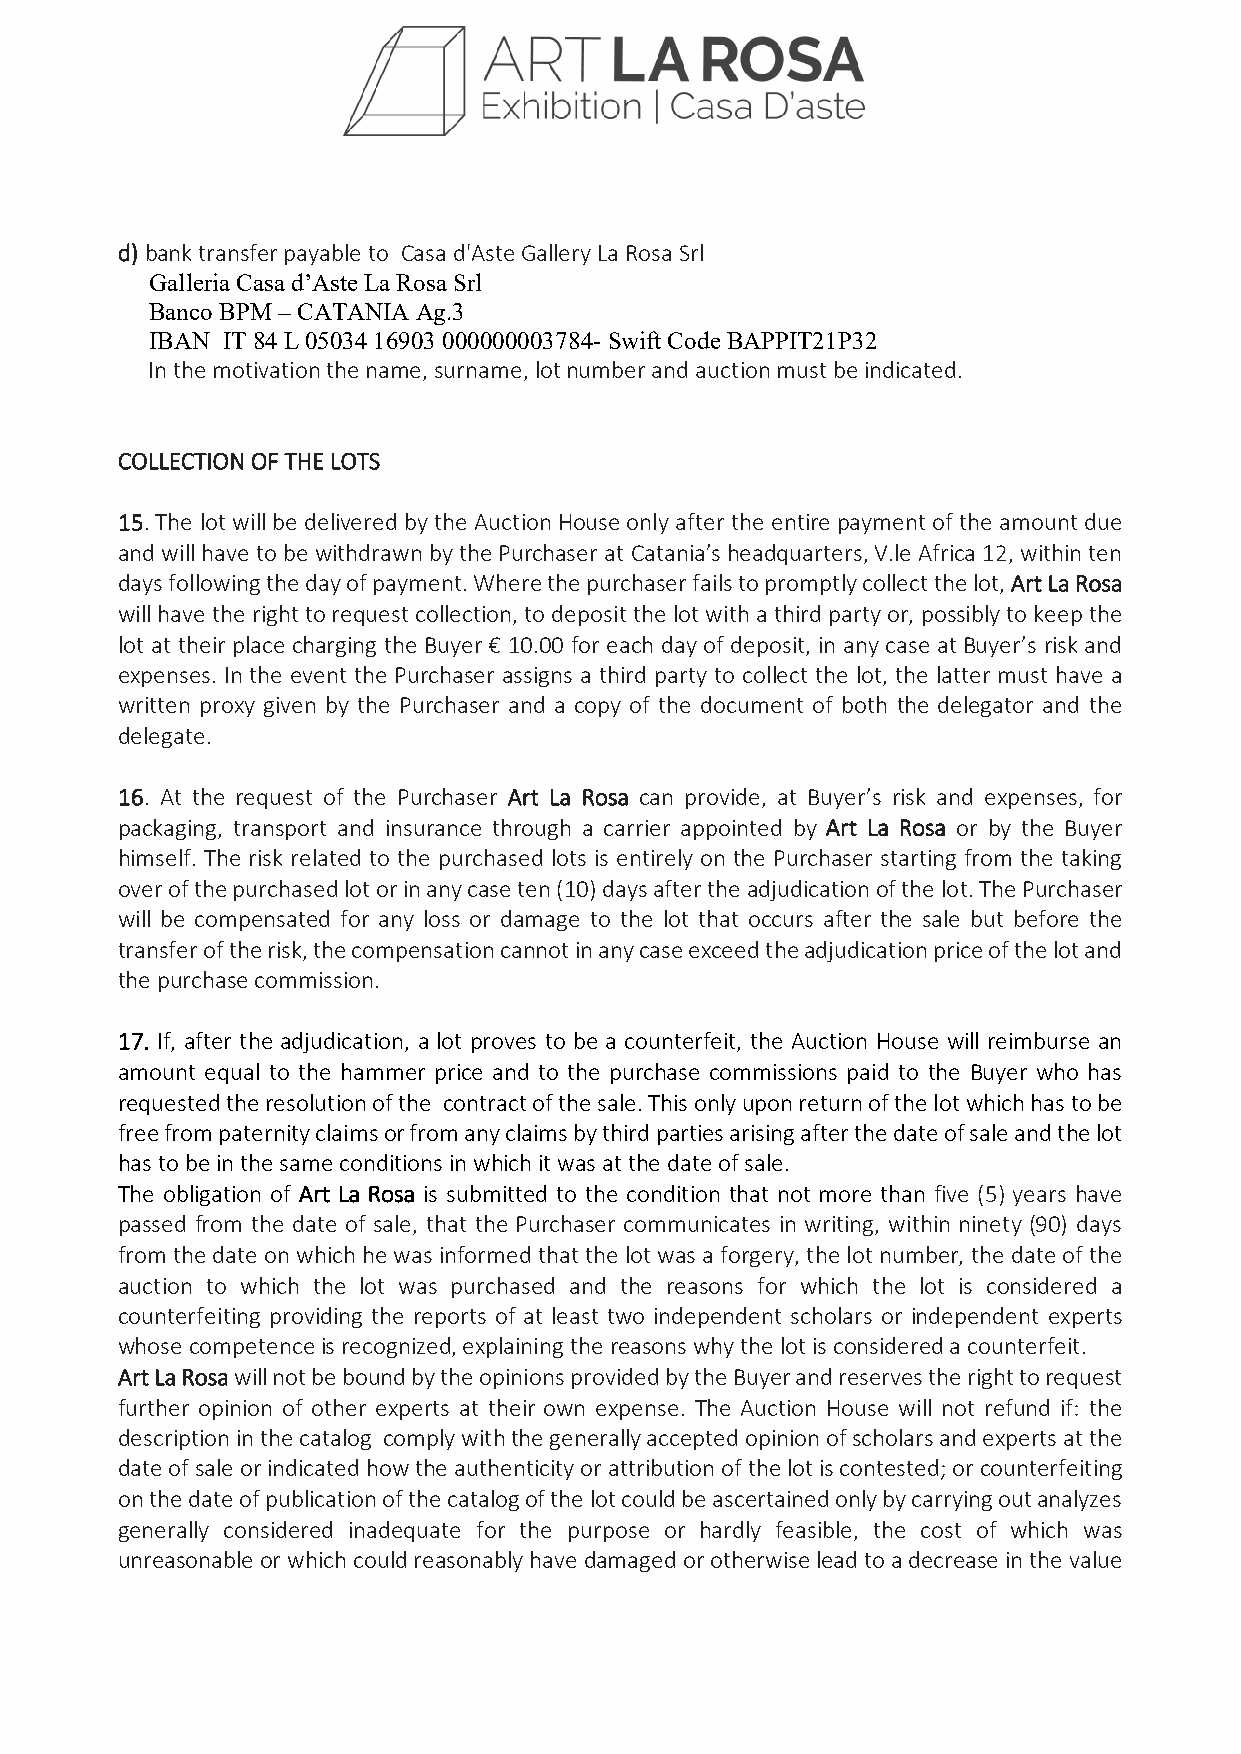
d) bank transfer payable to Casa d'Aste Gallery La Rosa Srl
 Galleria Casa d’Aste La Rosa Srl
 Banco BPM – CATANIA Ag.3
 IBAN IT 84 L 05034 16903 000000003784- Swift Code BAPPIT21P32
 In the motivation the name, surname, lot number and auction must be indicated.
 COLLECTION OF THE LOTS
 15. The lot will be delivered by the Auction House only after the entire payment of the amount due
 and will have to be withdrawn by the Purchaser at Catania’s headquarters, V.le Africa 12, within ten
 days following the day of payment. Where the purchaser fails to promptly collect the lot, Art La Rosa
 will have the right to request collection, to deposit the lot with a third party or, possibly to keep the
 lot at their place charging the Buyer € 10.00 for each day of deposit, in any case at Buyer’s risk and
 expenses. In the event the Purchaser assigns a third party to collect the lot, the latter must have a
 written proxy given by the Purchaser and a copy of the document of both the delegator and the
 delegate.
 16. At the request of the Purchaser Art La Rosa can provide, at Buyer’s risk and expenses, for
 packaging, transport and insurance through a carrier appointed by Art La Rosa or by the Buyer
 himself. The risk related to the purchased lots is entirely on the Purchaser starting from the taking
 over of the purchased lot or in any case ten (10) days after the adjudication of the lot. The Purchaser
 will be compensated for any loss or damage to the lot that occurs after the sale but before the
 transfer of the risk, the compensation cannot in any case exceed the adjudication price of the lot and
 the purchase commission.
 17. If, after the adjudication, a lot proves to be a counterfeit, the Auction House will reimburse an
 amount equal to the hammer price and to the purchase commissions paid to the Buyer who has
 requested the resolution of the contract of the sale. This only upon return of the lot which has to be
 free from paternity claims or from any claims by third parties arising after the date of sale and the lot
 has to be in the same conditions in which it was at the date of sale.
 The obligation of Art La Rosa is submitted to the condition that not more than five (5) years have
 passed from the date of sale, that the Purchaser communicates in writing, within ninety (90) days
 from the date on which he was informed that the lot was a forgery, the lot number, the date of the
 auction to which the lot was purchased and the reasons for which the lot is considered a
 counterfeiting providing the reports of at least two independent scholars or independent experts
 whose competence is recognized, explaining the reasons why the lot is considered a counterfeit.
 Art La Rosa will not be bound by the opinions provided by the Buyer and reserves the right to request
 further opinion of other experts at their own expense. The Auction House will not refund if: the
 description in the catalog comply with the generally accepted opinion of scholars and experts at the
 date of sale or indicated how the authenticity or attribution of the lot is contested; or counterfeiting
 on the date of publication of the catalog of the lot could be ascertained only by carrying out analyzes
 generally considered inadequate for the purpose or hardly feasible, the cost of which was
 unreasonable or which could reasonably have damaged or otherwise lead to a decrease in the value